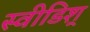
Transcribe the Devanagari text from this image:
स्वीडिश्